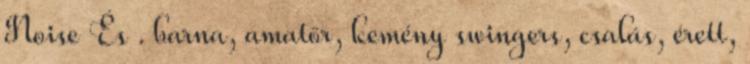
Noise És . barna, amatőr, kemény swingers, csalás, érett,